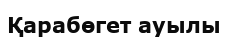
Қарабөгет ауылы